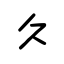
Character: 久